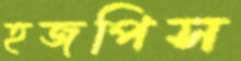
হজপিস